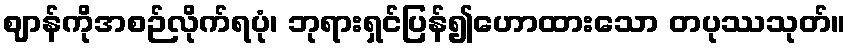
ဈာန်ကိုအစဉ်လိုက်ရပုံ၊ ဘုရားရှင်ပြန်၍ဟောထားသော တပုဿသုတ်။